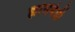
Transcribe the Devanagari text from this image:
ह्यांसबंधी